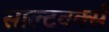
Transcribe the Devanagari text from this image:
साल्टवर्क्स